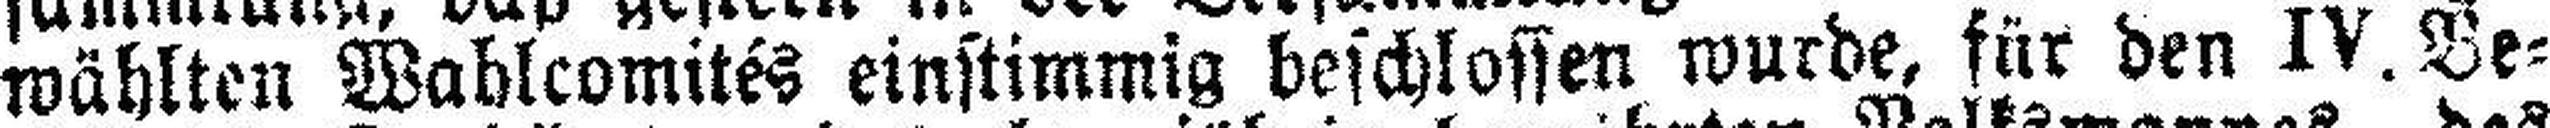
wählten Wahlcomites einstimmig beschlossen wurde, für den IV. Be¬